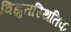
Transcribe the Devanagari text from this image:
विद्युतस्थितिक